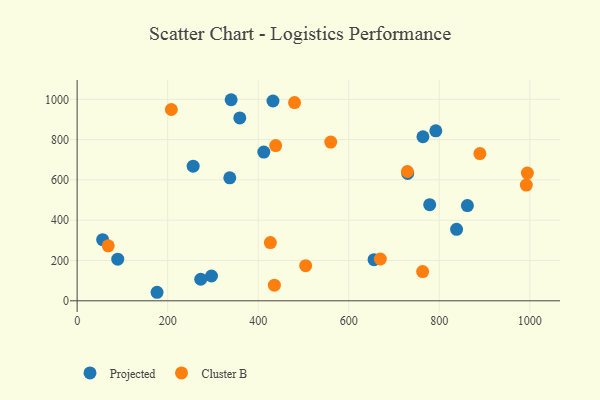
{"axis": {"x": "Experience", "y": "Demand"}, "legend": ["Cluster B", "Projected"], "data": [{"x": "730.2", "y": 632.1, "type": "Projected"}, {"x": "296.8", "y": 123.2, "type": "Projected"}, {"x": "655.9", "y": 204.1, "type": "Projected"}, {"x": "359.3", "y": 907.9, "type": "Projected"}, {"x": "256.3", "y": 668.4, "type": "Projected"}, {"x": "340.2", "y": 998.1, "type": "Projected"}, {"x": "432.6", "y": 991.7, "type": "Projected"}, {"x": "412.4", "y": 738.1, "type": "Projected"}, {"x": "89.7", "y": 206.5, "type": "Projected"}, {"x": "778.8", "y": 477.1, "type": "Projected"}, {"x": "763.9", "y": 814.2, "type": "Projected"}, {"x": "337.2", "y": 610.3, "type": "Projected"}, {"x": "862.1", "y": 472.8, "type": "Projected"}, {"x": "838.2", "y": 354.7, "type": "Projected"}, {"x": "176.5", "y": 42.3, "type": "Projected"}, {"x": "792.3", "y": 843.7, "type": "Projected"}, {"x": "56.3", "y": 303.3, "type": "Projected"}, {"x": "273.0", "y": 106.9, "type": "Projected"}, {"x": "994.6", "y": 634.1, "type": "Cluster B"}, {"x": "729.6", "y": 641.9, "type": "Cluster B"}, {"x": "889.7", "y": 730.9, "type": "Cluster B"}, {"x": "426.8", "y": 289.2, "type": "Cluster B"}, {"x": "438.6", "y": 770.4, "type": "Cluster B"}, {"x": "669.8", "y": 207.5, "type": "Cluster B"}, {"x": "992.2", "y": 574.3, "type": "Cluster B"}, {"x": "68.7", "y": 273.0, "type": "Cluster B"}, {"x": "208.1", "y": 949.6, "type": "Cluster B"}, {"x": "504.8", "y": 174.3, "type": "Cluster B"}, {"x": "480.3", "y": 983.9, "type": "Cluster B"}, {"x": "560.2", "y": 787.9, "type": "Cluster B"}, {"x": "763.2", "y": 145.1, "type": "Cluster B"}, {"x": "435.7", "y": 77.4, "type": "Cluster B"}]}